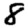
Digit: 8